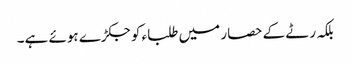
بلکہ رٹے کے حصار میں طلباء کو جکڑے ہوئے ہے۔